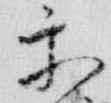
楽